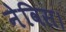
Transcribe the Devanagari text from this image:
नेविस।